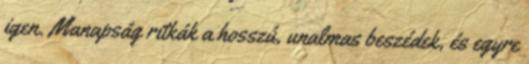
igen. Manapság ritkák a hosszú, unalmas beszédek, és egyre